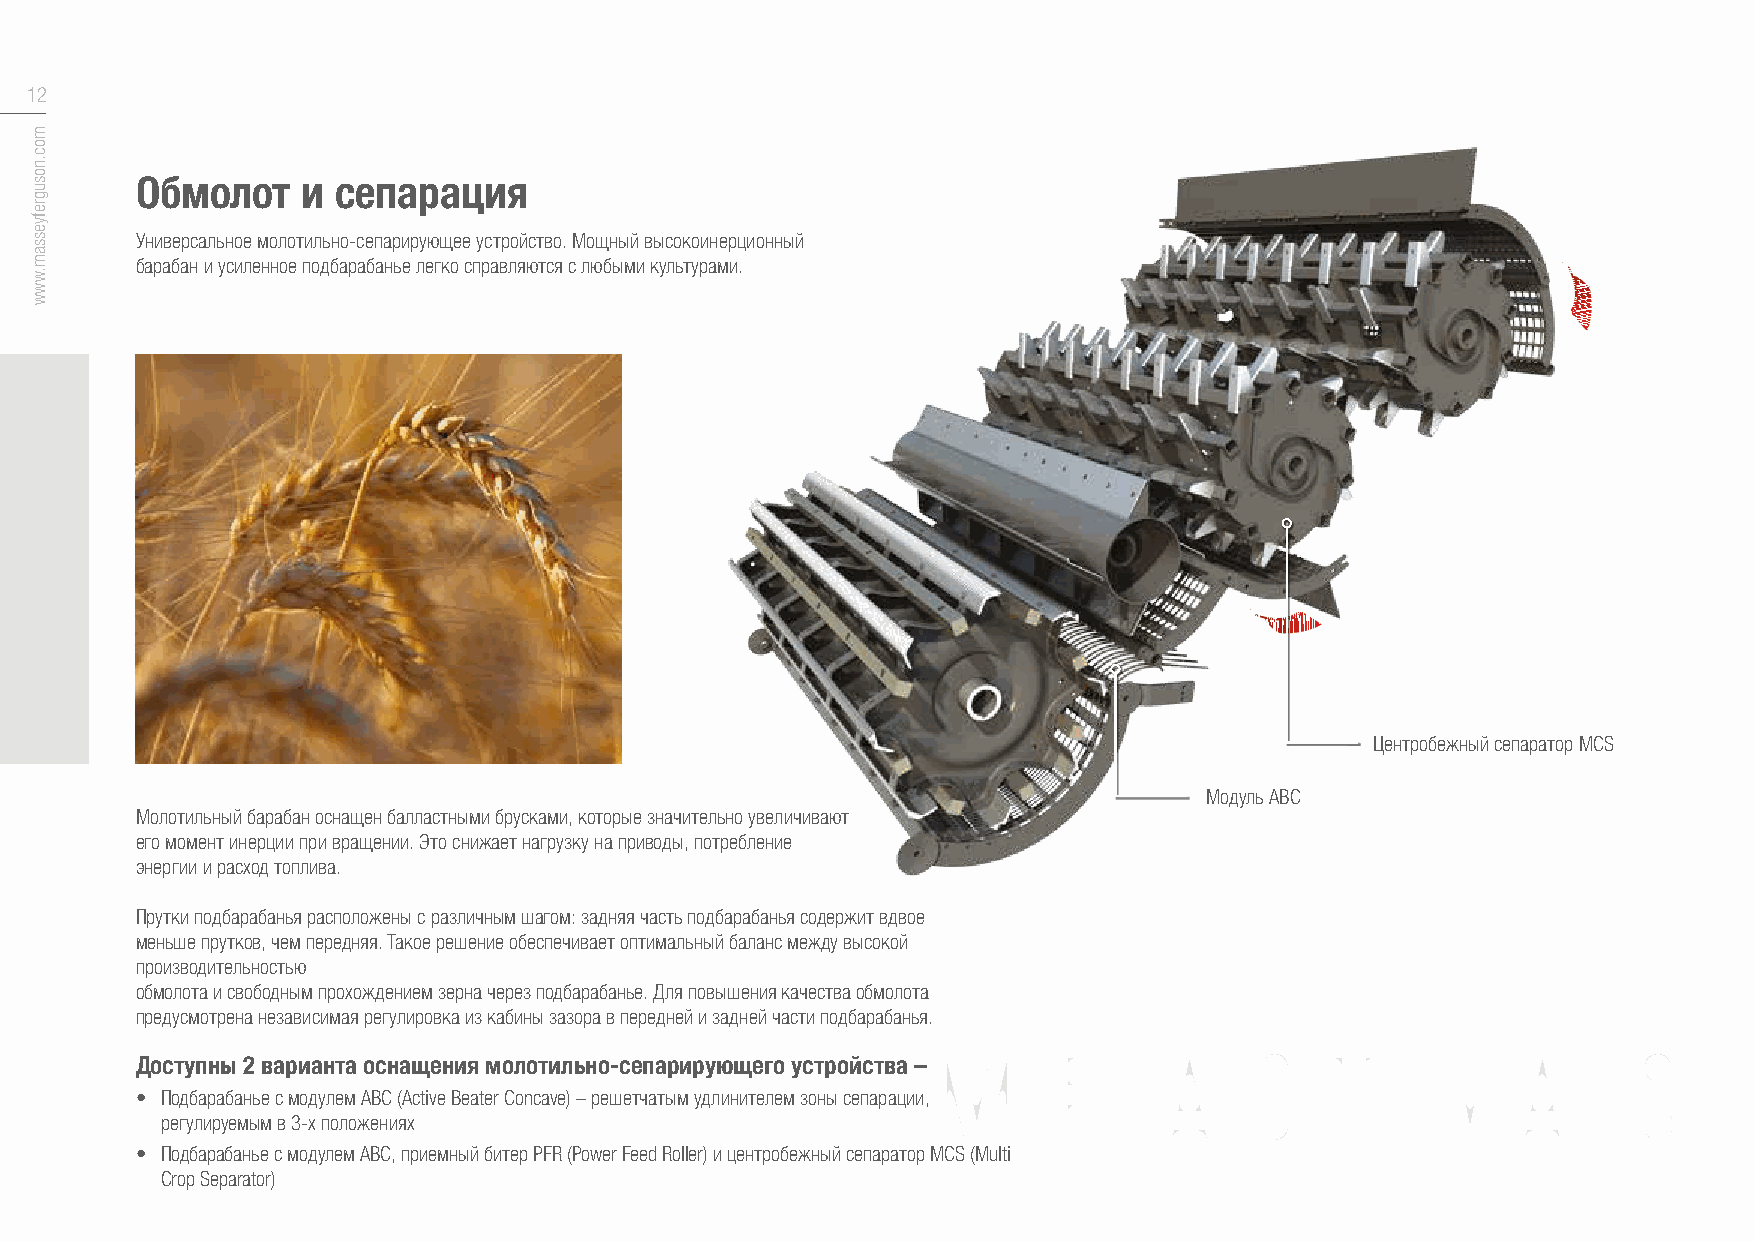
12
 Обмолот    и сепарация
 Универсальное молотильно-сепарирующее устройство. Мощный высокоинерционный
 барабан и усиленное подбарабанье легко справляются с любыми культурами.
 Центробежный сепаратор MCS
 Модуль ABC
 Молотильный барабан оснащен балластными брусками, которые значительно увеличивают
 его момент инерции при вращении. Это снижает нагрузку на приводы, потребление
 энергии и расход топлива.
 Прутки подбарабанья расположены с различным шагом: задняя часть подбарабанья содержит вдвое
 меньше прутков, чем передняя. Такое решение обеспечивает оптимальный баланс между высокой
 производительностью
 обмолота и свободным прохождением зерна через подбарабанье. Для повышения качества обмолота
 предусмотрена независимая регулировка из кабины зазора в передней и задней части подбарабанья.
 MF             ACTIVA                         S
 Доступны 2 варианта оснащения молотильно-сепарирующего устройства –
 • Подбарабанье с модулем ABC (Active Beater Concave) – решетчатым удлинителем зоны сепарации,
 регулируемым в 3-х положениях
 • Подбарабанье с модулем ABC, приемный битер PFR (Power Feed Roller) и центробежный сепаратор MCS (Multi
 Crop Separator)
 moc.nosugrefyessam.www